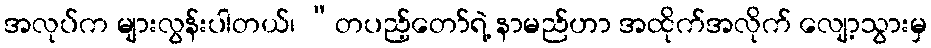
အလုပ်က များလွန်းပါတယ်၊ “တပည့်တော်ရဲ့ နာမည်ဟာ အထိုက်အလိုက် လျော့သွားမှ